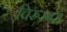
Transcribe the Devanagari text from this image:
चिरुरगस